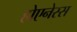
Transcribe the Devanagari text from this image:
होएनेस्स